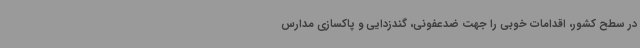
در سطح کشور، اقدامات خوبی را جهت ضدعفونی، گندزدایی و پاکسازی مدارس